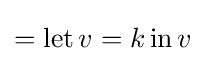
=\operatorname {let} v=k\operatorname {in} v